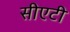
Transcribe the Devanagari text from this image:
सीएटी